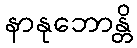
နာနုဘောန္တိ